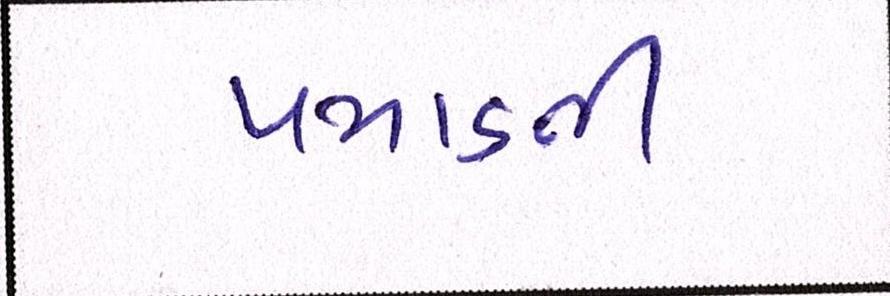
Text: પમાડતી